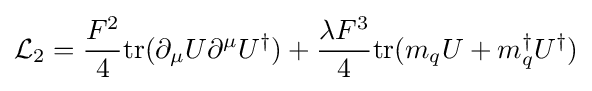
{\mathcal {L}}_{2}={\frac {F^{2}}{4}}{\rm {tr}}(\partial _{\mu }U\partial ^{\mu }U^{\dagger })+{\frac {\lambda F^{3}}{4}}{\rm {tr}}(m_{q}U+m_{q}^{\dagger }U^{\dagger })